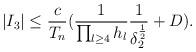
LaTeX: \begin{align*}|I_3| \le \frac{c}{T_n} (\frac{1}{\prod_{l \ge 4} h_l} \frac{1}{\delta_2^{\frac{1}{2}}} + D).\end{align*}